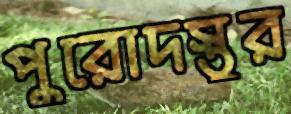
পুরোদস্তুর